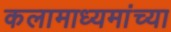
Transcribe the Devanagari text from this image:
कलामाध्यमांच्या